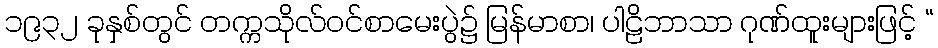
၁၉၃၂ ခုနှစ်တွင် တက္ကသိုလ်ဝင်စာမေးပွဲ၌ မြန်မာစာ၊ ပါဠိဘာသာ ဂုဏ်ထူးများဖြင့် “